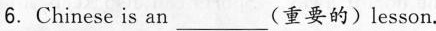
6. Chinese is an___(重要的)lesson.